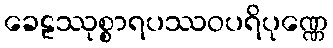
ခေဠဿုစ္စာရပဿဝပရိပုဏ္ဏေ